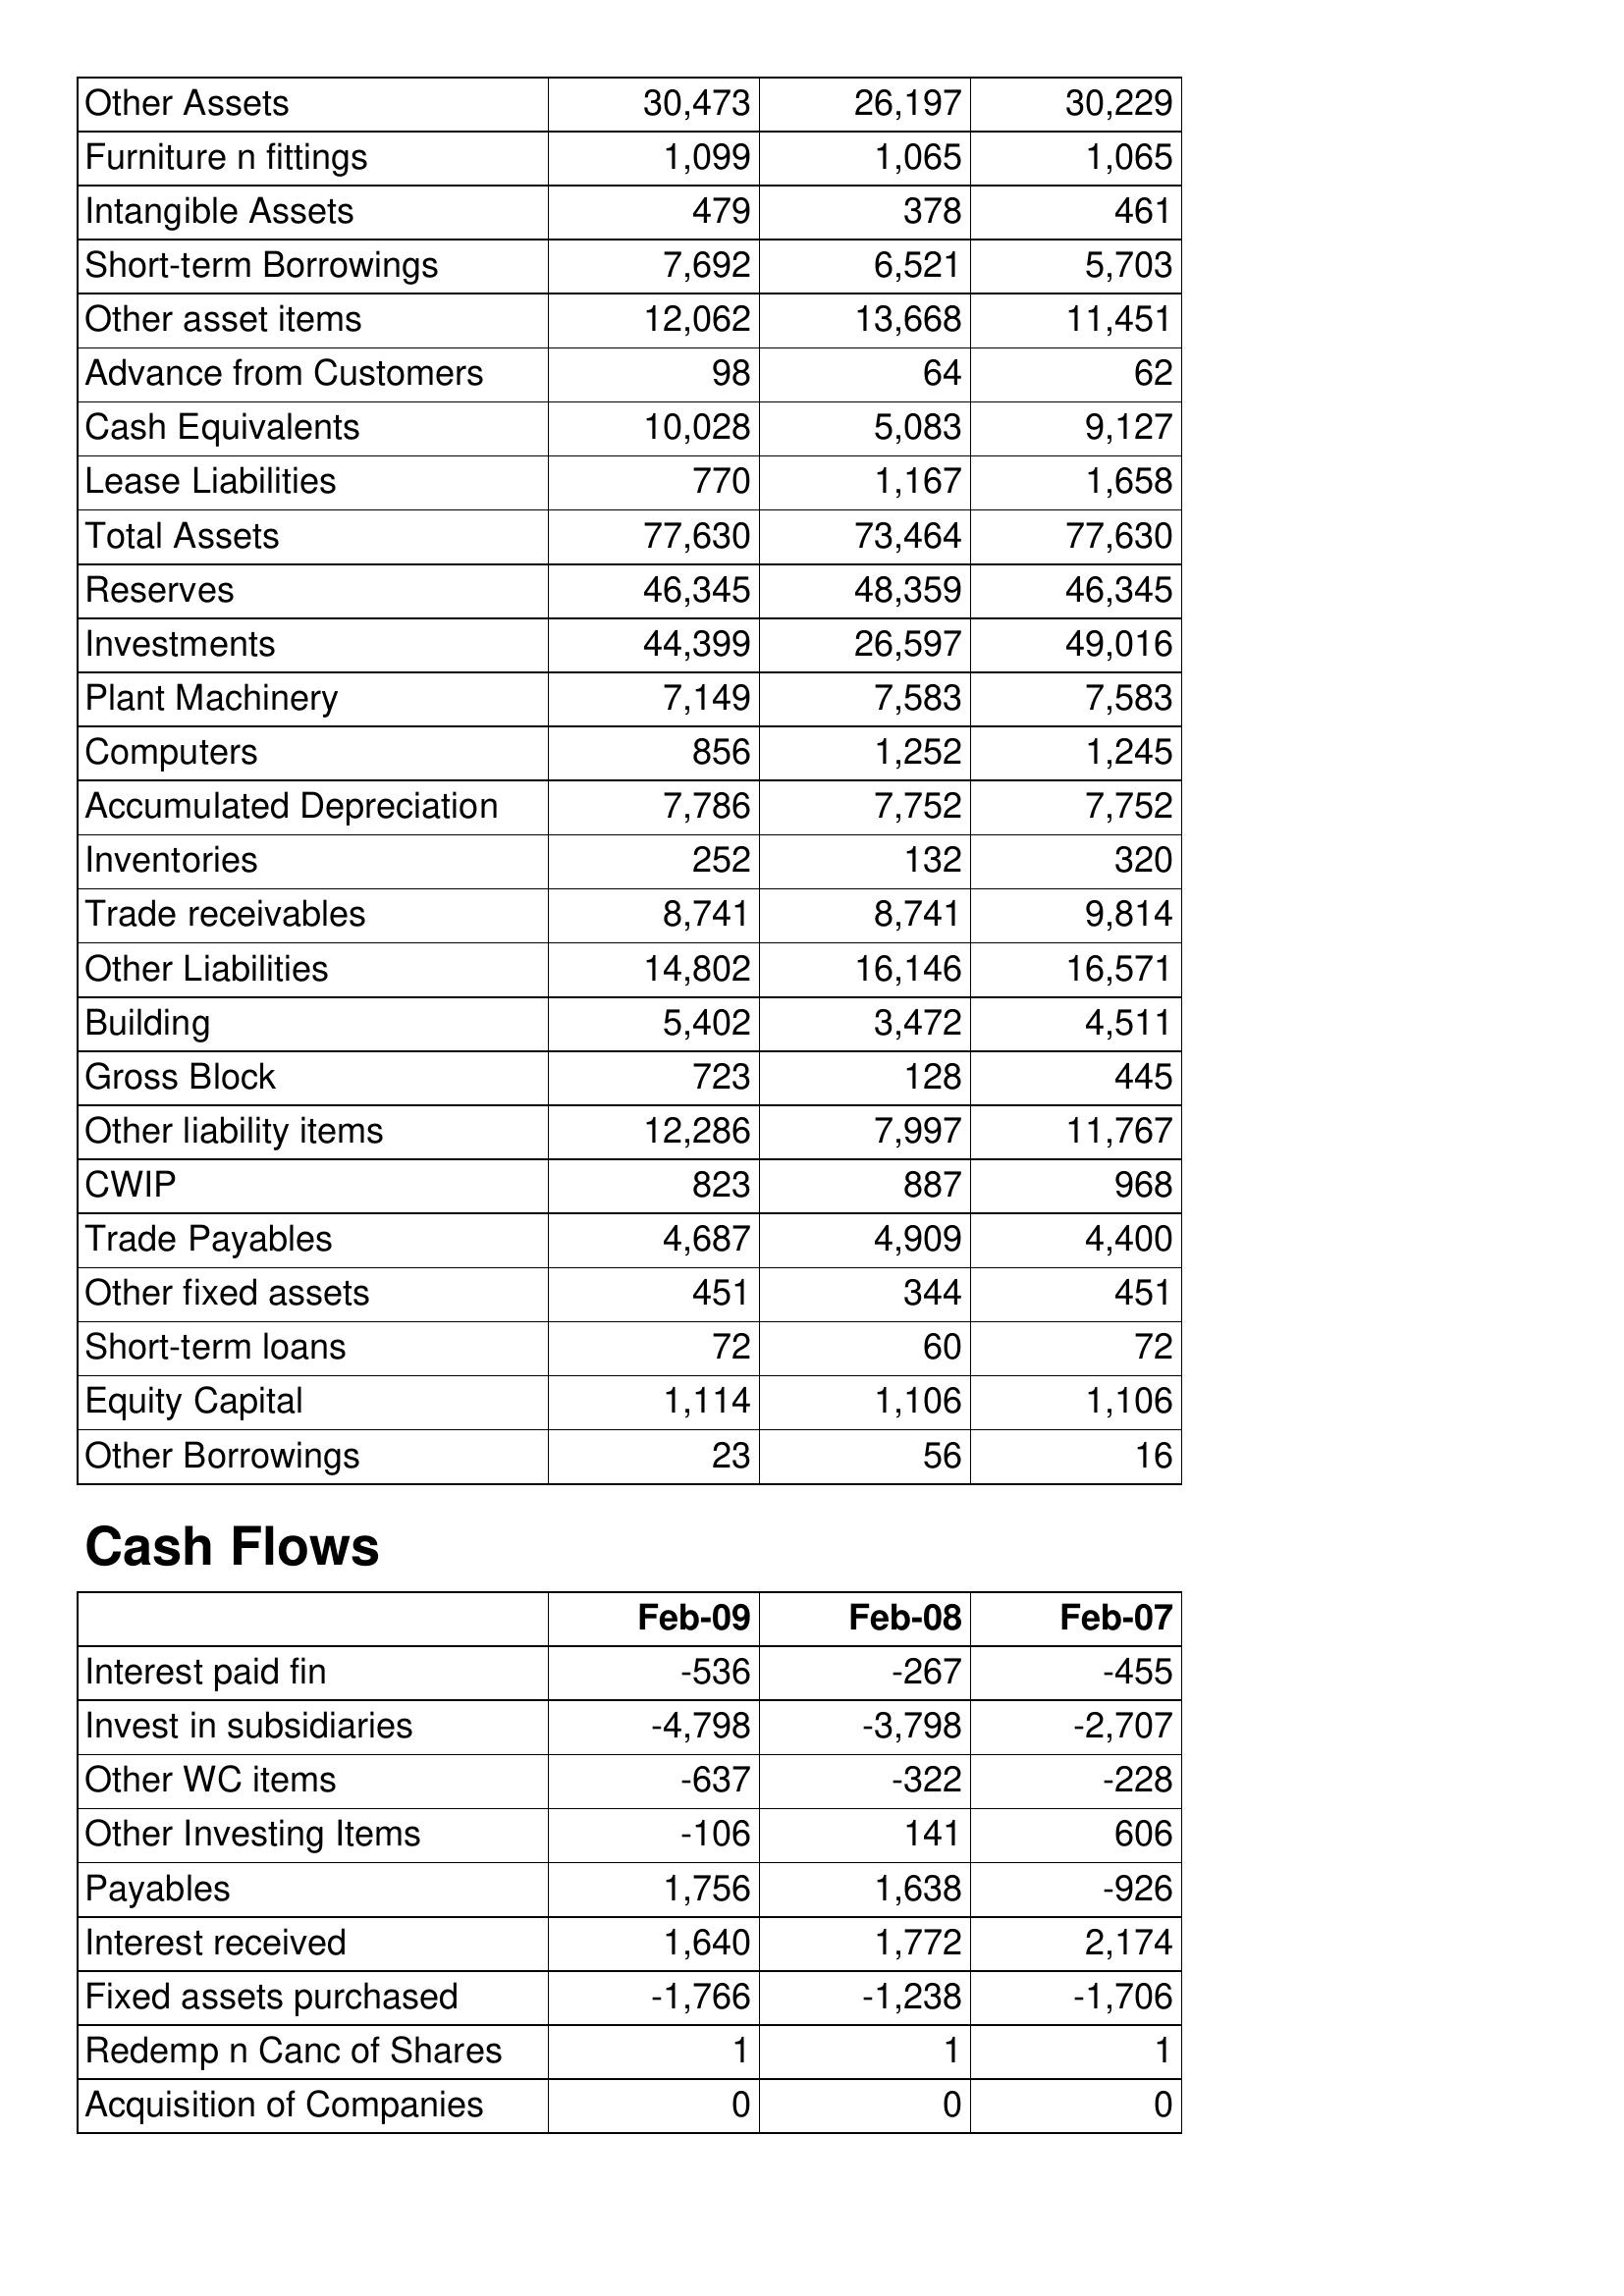
Feb-09: Balance Sheet: Other Assets: 30,473
Furniture n fittings: 1,099
Intangible Assets: 479
Short-term Borrowings: 7,692
Other asset items: 12,062
Advance from Customers: 98
Cash Equivalents: 10,028
Lease Liabilities: 770
Total Assets: 77,630
Reserves: 46,345
Investments: 44,399
Plant Machinery: 7,149
Computers: 856
Accumulated Depreciation: 7,786
Inventories: 252
Trade receivables: 8,741
Other Liabilities: 14,802
Building: 5,402
Gross Block: 723
Other liability items: 12,286
CWIP: 823
Trade Payables: 4,687
Other fixed assets: 451
Short-term loans: 72
Equity Capital: 1,114
Other Borrowings: 23
Cash Flows: Interest paid fin: -536
Invest in subsidiaries: -4,798
Other WC items: -637
Other Investing Items: -106
Payables: 1,756
Interest received: 1,640
Fixed assets purchased: -1,766
Redemp n Canc of Shares: 1
Acquisition of Companies: 0
Feb-08: Balance Sheet: Other Assets: 26,197
Furniture n fittings: 1,065
Intangible Assets: 378
Short-term Borrowings: 6,521
Other asset items: 13,668
Advance from Customers: 64
Cash Equivalents: 5,083
Lease Liabilities: 1,167
Total Assets: 73,464
Reserves: 48,359
Investments: 26,597
Plant Machinery: 7,583
Computers: 1,252
Accumulated Depreciation: 7,752
Inventories: 132
Trade receivables: 8,741
Other Liabilities: 16,146
Building: 3,472
Gross Block: 128
Other liability items: 7,997
CWIP: 887
Trade Payables: 4,909
Other fixed assets: 344
Short-term loans: 60
Equity Capital: 1,106
Other Borrowings: 56
Cash Flows: Interest paid fin: -267
Invest in subsidiaries: -3,798
Other WC items: -322
Other Investing Items: 141
Payables: 1,638
Interest received: 1,772
Fixed assets purchased: -1,238
Redemp n Canc of Shares: 1
Acquisition of Companies: 0
Feb-07: Balance Sheet: Other Assets: 30,229
Furniture n fittings: 1,065
Intangible Assets: 461
Short-term Borrowings: 5,703
Other asset items: 11,451
Advance from Customers: 62
Cash Equivalents: 9,127
Lease Liabilities: 1,658
Total Assets: 77,630
Reserves: 46,345
Investments: 49,016
Plant Machinery: 7,583
Computers: 1,245
Accumulated Depreciation: 7,752
Inventories: 320
Trade receivables: 9,814
Other Liabilities: 16,571
Building: 4,511
Gross Block: 445
Other liability items: 11,767
CWIP: 968
Trade Payables: 4,400
Other fixed assets: 451
Short-term loans: 72
Equity Capital: 1,106
Other Borrowings: 16
Cash Flows: Interest paid fin: -455
Invest in subsidiaries: -2,707
Other WC items: -228
Other Investing Items: 606
Payables: -926
Interest received: 2,174
Fixed assets purchased: -1,706
Redemp n Canc of Shares: 1
Acquisition of Companies: 0